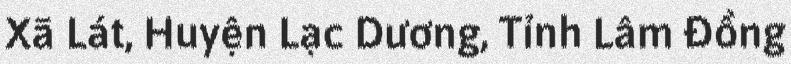
Xã Lát, Huyện Lạc Dương, Tỉnh Lâm Đồng